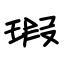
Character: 瑕